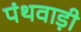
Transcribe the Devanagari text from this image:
पंथवाड़ी